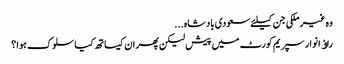
وہ غیرملکی جن کیلئے سعودی بادشاہ...
راﺅ انوار سپریم کورٹ میں پیش لیکن پھر ان کیساتھ کیا سلوک ہوا ؟